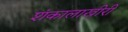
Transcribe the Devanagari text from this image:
शंकालाखीरी